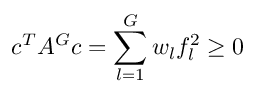
c ^ { T } A ^ { G } c = \sum _ { l = 1 } ^ { G } w _ { l } f _ { l } ^ { 2 } \ge 0